Indian journal of veterinary science and animal husbandry - Volume 8,
Year: 1938
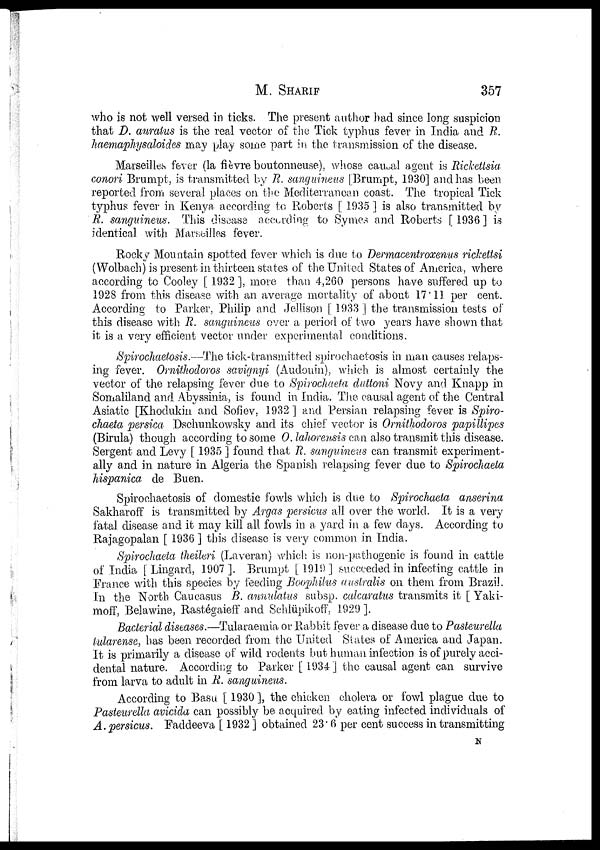
M.
SHARIF
357
who is not well versed in ticks. The present author had since long suspicion
that D. auratus is the real vector of the Tick typhus fever in India and R.
haemaphysaloides may play some part in the transmission of the disease.
Marseilles fever (la fièvre boutonneuse), whose causal agent is Rickettsia
conori Brumpt, is transmitted by R. sanguineus [Brumpt, 1930] and has been
reported from several places on the Mediterranean coast. The tropical Tick
typhus fever in Kenya according to Roberts [ 1935 ] is also transmitted by
R. sanguineus. This disease according to Symes and Roberts [1936] is
identical with Marseilles fever.
Rocky Mountain spotted fever which is due to Dermacentroxenus rickettsi
(Wolbach) is present in thirteen states of the United States of America, where
according to Cooley [ 1932 ], more than 4,260 persons have suffered up to
1928 from this disease with an average mortality of about 17.11 per cent.
According to Parker, Philip and Jellison [1933] the transmission tests of
this disease with R. sanguineus over a period of two years have shown that
it is a very efficient vector under experimental conditions.
Spirochaetosis.—The tick-transmitted spirochaetosis in man causes relaps-
ing fever. Ornithodoros savignyi (Audouin), which is almost certainly the
vector of the relapsing fever due to Spirochaeta duttoni Novy and Knapp in
Somaliland and Abyssinia, is found in India. The causal agent of the Central
Asiatic [Khodukin and Sofiev, 1932 ] and Persian relapsing fever is Spiro-
chaeta persica Dschunkowsky and its chief vector is Ornithodoros papillipes
(Birula) though according to some O. lahorensis can also transmit this disease.
Sergent and Levy [ 1935 ] found that R. sanguineus can transmit experiment-
ally and in nature in Algeria the Spanish relapsing fever due to Spirochaeta
hispanica de Buen.
Spirochaetosis of domestic fowls which is due to Spirochaeta anserina
Sakharoff is transmitted by Argas persicus all over the world. It is a very
fatal disease and it may kill all fowls in a yard in a few days. According to
Rajagopalan [ 1936 ] this disease is very common in India.
Spirochaeta theileri (Laveran) which is non-pathogenic is found in cattle
of India [Lingard, 1907]. Brumpt [1919] succeeded in infecting cattle in
France with this species by feeding Boophilus australis on them from Brazil.
In the North Caucasus B. annulatus subsp. calcaratus transmits it [ Yaki-
moff, Belawine, Rastégaieff and Schlüpikoff, 1929 ].
Bacterial diseases.—Tularaemia or Rabbit fever a disease due to Pasteurella
tularense, has been recorded from the United States of America and Japan.
It is primarily a disease of wild rodents but human infection is of purely acci-
dental nature. According to Parker [ 1934 ] the causal agent can survive
from larva to adult in R. sanguineus.
According to Basu [ 1930], the chicken cholera or fowl plague due to
Pasteurella avicida can possibly be acquired by eating infected individuals of
A. persicus. Faddeeva [ 1932 ] obtained 23.6 per cent success in transmitting
N